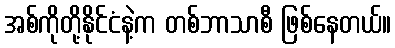
အစ်ကိုတို့နိုင်ငံနဲ့က တစ်ဘာသာစီ ဖြစ်နေတယ်။